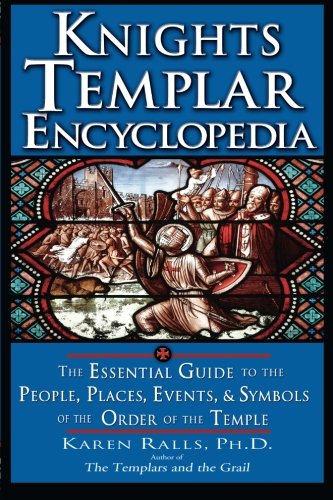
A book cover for Knights Templar Encyclopedia; Karen Ralls; Reference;